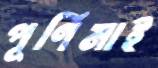
পূর্ণিমাই